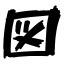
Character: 図